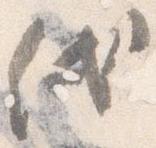
代